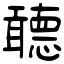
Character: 聼